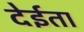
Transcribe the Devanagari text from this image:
देईता